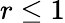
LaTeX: r\le 1